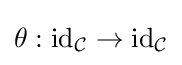
\theta :{\text{id}}_{\mathcal {C}}\to {\text{id}}_{\mathcal {C}}